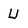
Character: U